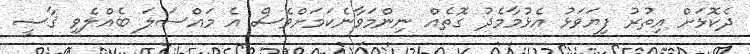
ދެކޮޅަށް އިތުރު ފިޔަވަޅު އެޅުމާމެދު ގޮތެއް ނިންމަވާނެކަމަށްވެސް އެ މައްސަލަ ބެއްލެވި ޤާޟީ